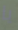
يا